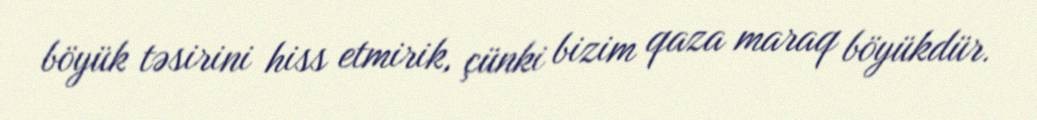
böyük təsirini hiss etmirik, çünki bizim qaza maraq böyükdür.